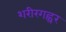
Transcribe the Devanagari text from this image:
शरीरगह्वर